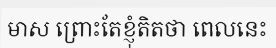
មាស ព្រោះតែខ្ញុំតិតថា ពេលនេះ